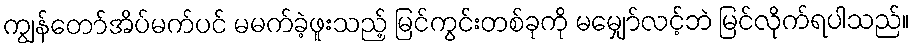
ကျွန်တော်အိပ်မက်ပင် မမက်ခဲ့ဖူးသည့် မြင်ကွင်းတစ်ခုကို မမျှော်လင့်ဘဲ မြင်လိုက်ရပါသည်။